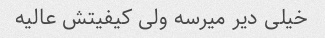
خیلی دیر میرسه ولی کیفیتش عالیه